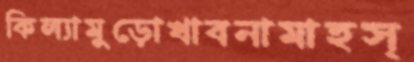
কিল্যামুড়োখাবনামাহস্